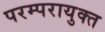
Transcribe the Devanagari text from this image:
परम्परायुक्त